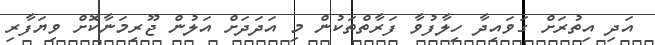
އަދި އިތުރަށް ގަވައިދާ ހިލާފުވާ ފަރާތްތަކުން މި އަދަދަށް އަލުން ޖޫރިމަނާކޮށް ވިޔަފާރި